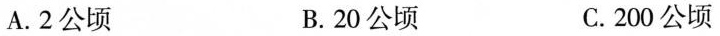
A. 2公顷 B. 20公顷 C. 200公顷